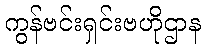
ကွန်ဗင်းရှင်းဗဟိုဌာန